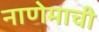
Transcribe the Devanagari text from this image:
नाणेमाची